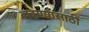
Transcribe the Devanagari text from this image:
लढण्यासाठीं